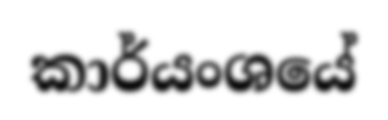
කාර්යංශයේ